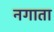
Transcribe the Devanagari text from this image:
नगाता